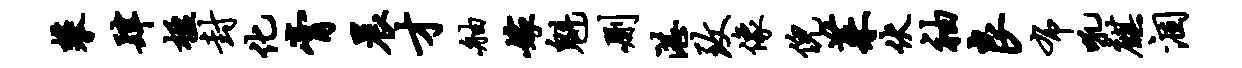
攀肆楹封化膏晨才舳嫁魁删湛致像倪茱伏袖良布吼麒涸